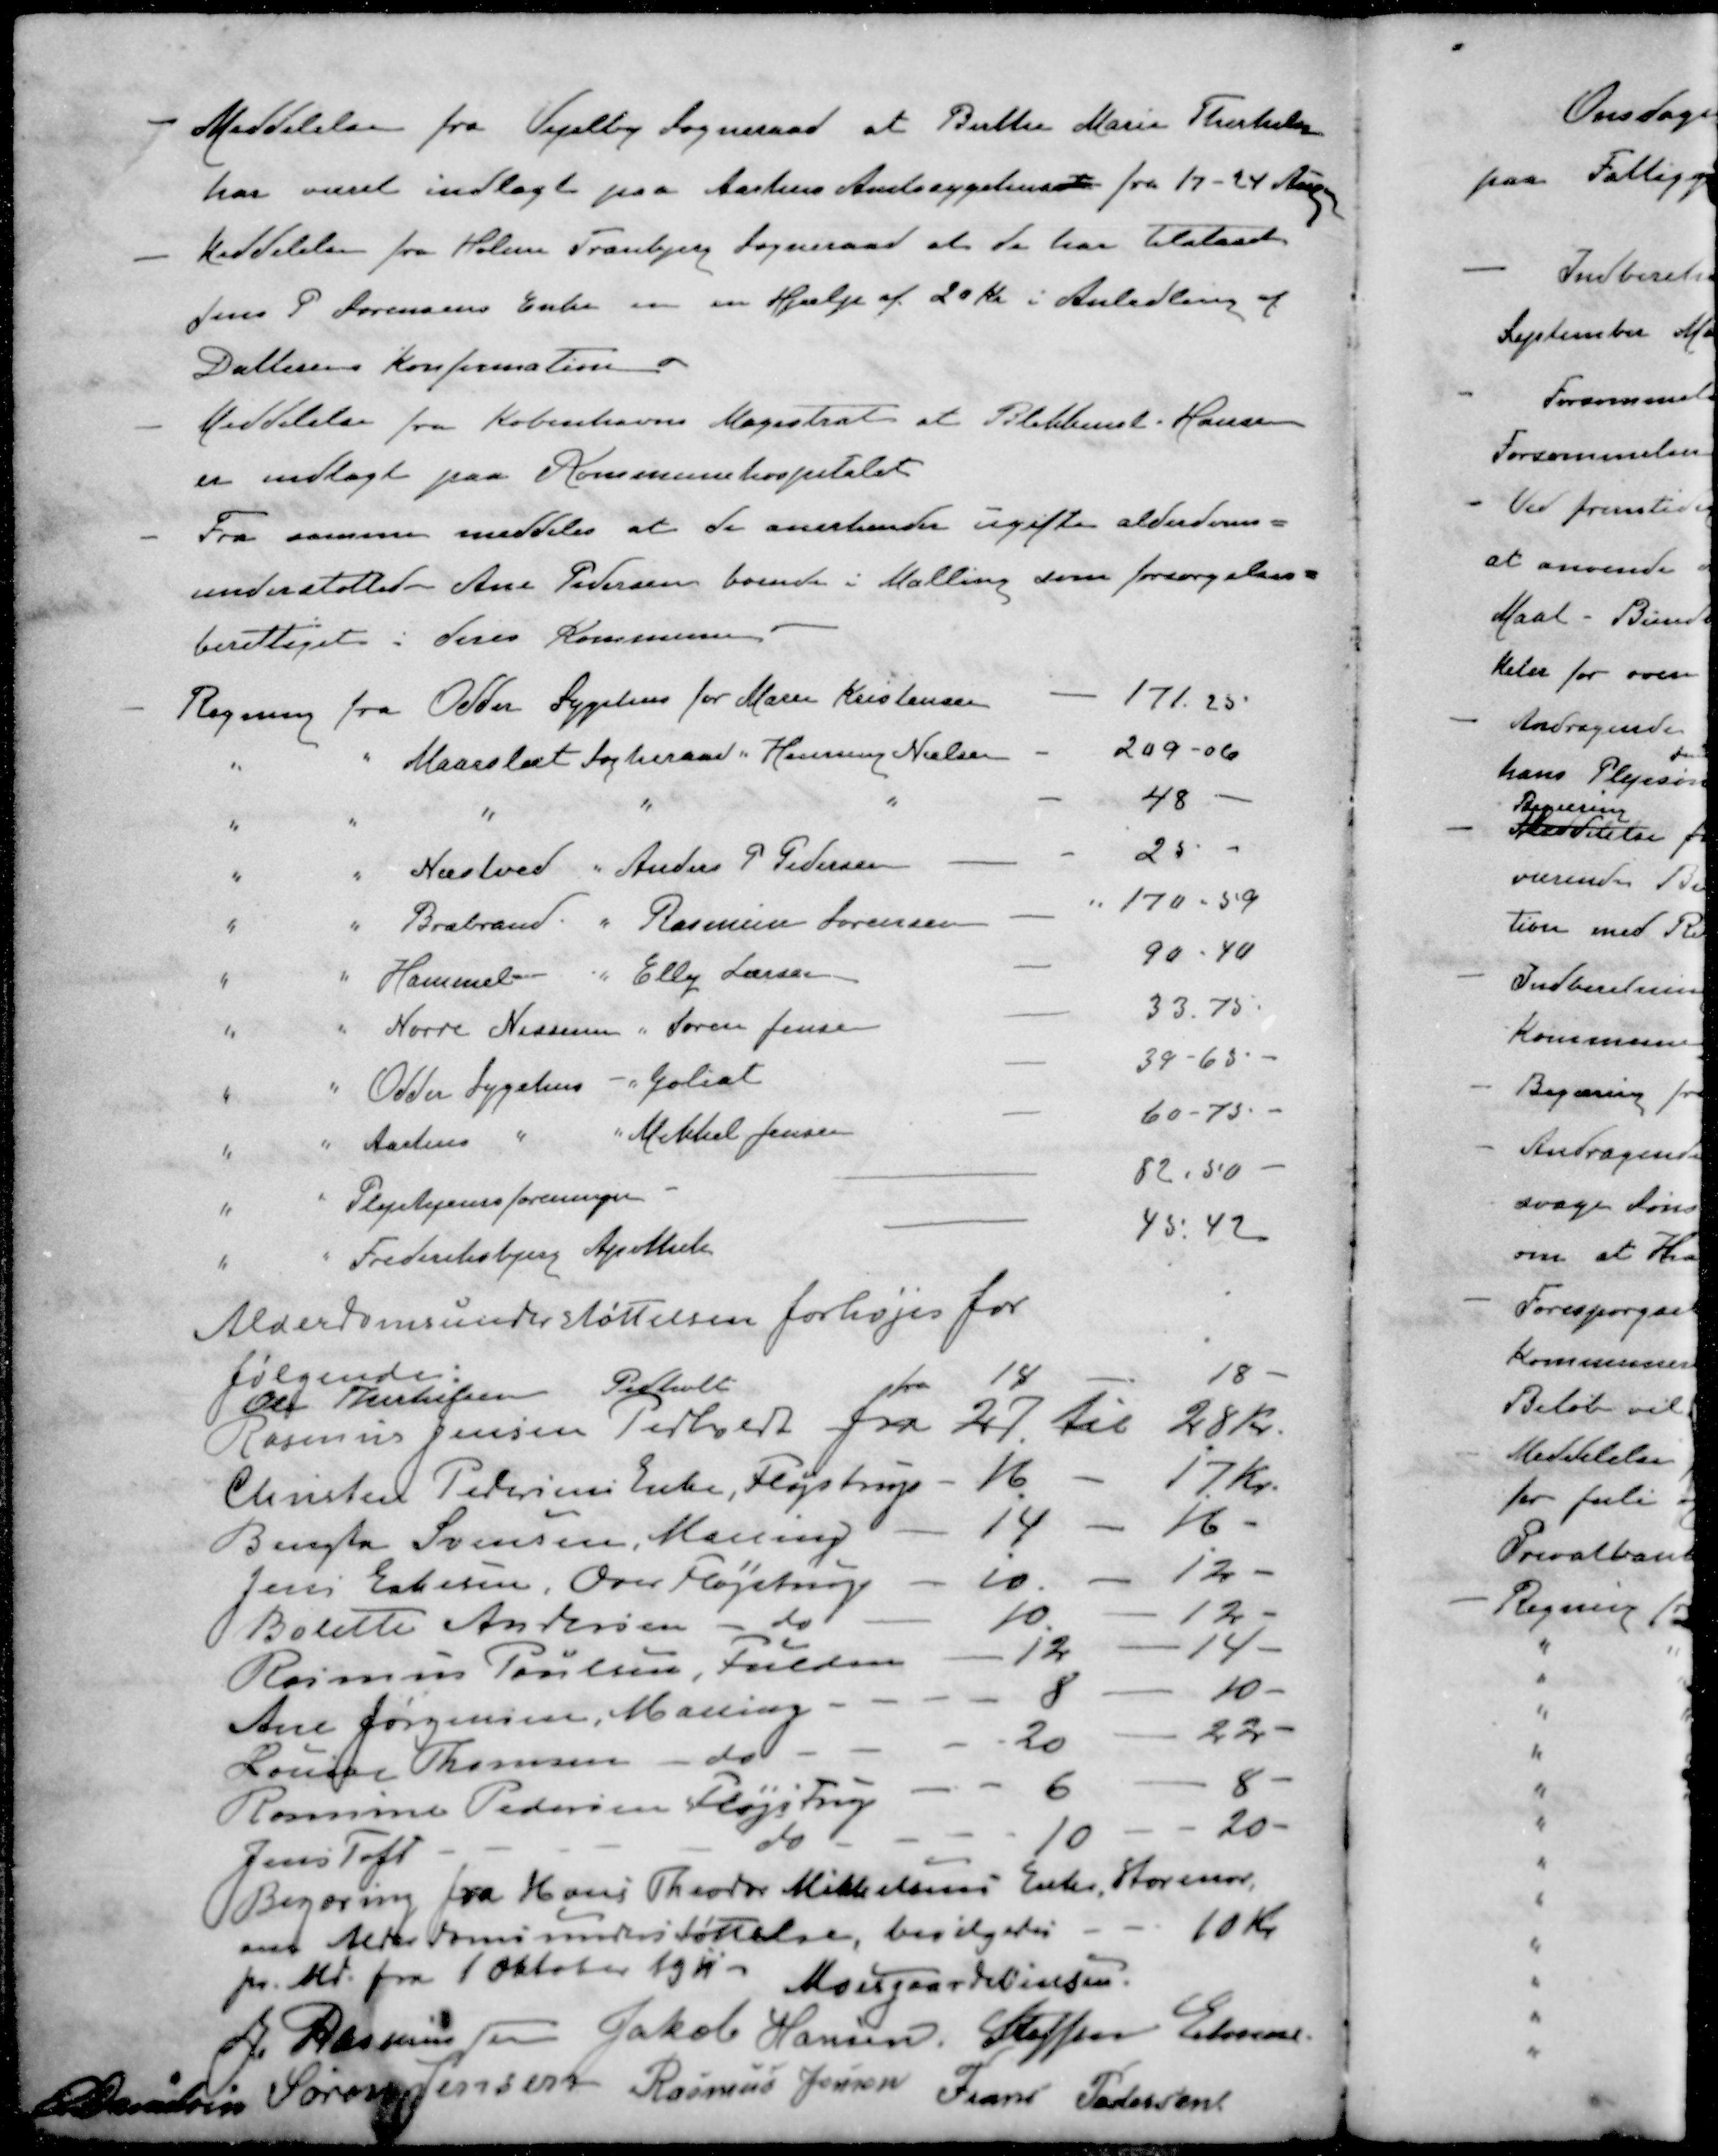
Transskription:
- Meddelelse fra Vejelby Sogneraad at Birthe Marie Therkelsen
har været indlagt paa Aarhus Amtssygehuset fra 17 - 24 Aug
- Meddelelse fra Holme Tranbjerg Sogneraad at de har tilstaaet
Jens P Sørensens Enke en en Hjælp af 20 Kr i Anledning af
Datterens Konfirmation
- Meddelelse fra Københavns Magistrat at Blikkensl Hansen
er indlagt paa Kommunehospitalet
- Fra samme meddeles at de anerkender ugifte alderdoms-
understøttede Ane Pedersen boende i Malling som forsørgelses-
berettiget i deres Kommune
- Regning fra Odder Sygehus for Marie Kristensen
171.25
" " Maarslet Sogneraad " Henning Nielsen
209-06
" " " "
48
" " Næstved " Anders P Pedersen
25
" " Brabrand " Rasmus Sørensen
170-59
" " Hammel " Elly Larsen
90 - 40
" " Nørre Nissum " Søren Jensen
33.75
" " Odder Sygehus " Goliat
39 - 65
" " Aarhus " " Mikkel Jensen
60-75
" " Plejehjemsforeninger
82.50
" " Frederiksbjerg Apothek
45. 42
Alderdomsunderstøttelsen forhøjes for
følgende
Alf Thertelsen Pedholt fra 14 - 18
Rasmus Jensen Pedholt fra 27 til 28 Kr.
Christen Pedersens Enke, Fløjstrup - 16 - 17 Kr.
Bengta Svensen, Malling - 14 - 16 -
Jens Eskesen, Over Fløjstrup - 10 - 12 -
Bolette Andersen do - 10 - 12 -
Rasmus Poulsen, Fulden - 12 - 14 -
Ane Jørgensen, Maling - 8 - 10 -
Louise Thomsen do - 20 - 22 -
Rasmine Pedersen Fløjstrup - 6 - 8 -
Jens Toft do - 10 - 20 -
Begæring fra Hans Theodor Mikkelsens Enke, Storenor
om Alderdomsunderstøttelse, bevilgedes -- 10 -
pr. Md. fra 1 Oktober 1911
Moesgaard Nielsen
J Rasmussen
Jakob Hansen
Steffen Elmose
E Danielsen
Søren Jensen
Rasmus Jensen
Frans Pedersen